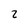
Character: 2